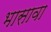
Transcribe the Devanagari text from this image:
भासावा